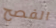
الفصح